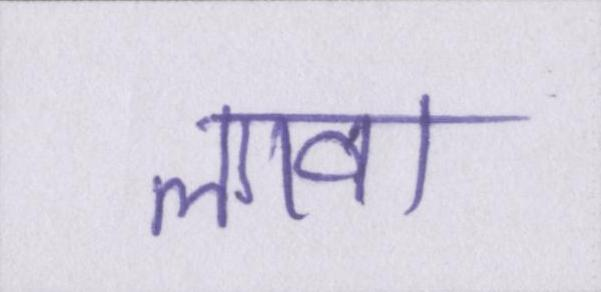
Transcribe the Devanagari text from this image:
लावा